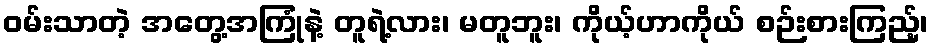
ဝမ်းသာတဲ့ အတွေ့အကြုံနဲ့ တူရဲ့လား၊ မတူဘူး၊ ကိုယ့်ဟာကိုယ် စဉ်းစားကြည့်၊